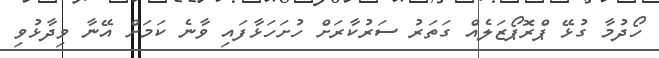
ހޯދުމާ ގުޅޭ ޕްރޮޕޯޒަލެއް ގަތަރު ސަރުކާރަށް ހުށަހަޅާފައި ވާނެ ކަމަށް އޭނާ ވިދާޅުވި